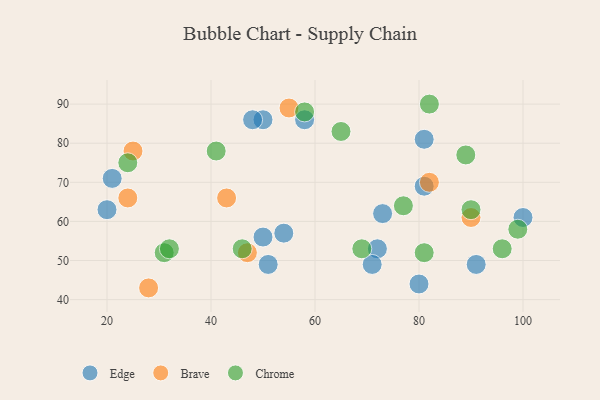
{"axis": {"x": "GDP", "y": "Life Expectancy"}, "legend": ["Brave", "Chrome", "Edge"], "data": [{"x": "58", "y": 86, "type": "Edge"}, {"x": "81", "y": 69, "type": "Edge"}, {"x": "54", "y": 57, "type": "Edge"}, {"x": "20", "y": 63, "type": "Edge"}, {"x": "80", "y": 44, "type": "Edge"}, {"x": "50", "y": 86, "type": "Edge"}, {"x": "51", "y": 49, "type": "Edge"}, {"x": "91", "y": 49, "type": "Edge"}, {"x": "21", "y": 71, "type": "Edge"}, {"x": "73", "y": 62, "type": "Edge"}, {"x": "72", "y": 53, "type": "Edge"}, {"x": "50", "y": 56, "type": "Edge"}, {"x": "81", "y": 81, "type": "Edge"}, {"x": "100", "y": 61, "type": "Edge"}, {"x": "48", "y": 86, "type": "Edge"}, {"x": "71", "y": 49, "type": "Edge"}, {"x": "90", "y": 61, "type": "Brave"}, {"x": "47", "y": 52, "type": "Brave"}, {"x": "55", "y": 89, "type": "Brave"}, {"x": "82", "y": 70, "type": "Brave"}, {"x": "25", "y": 78, "type": "Brave"}, {"x": "28", "y": 43, "type": "Brave"}, {"x": "43", "y": 66, "type": "Brave"}, {"x": "24", "y": 66, "type": "Brave"}, {"x": "77", "y": 64, "type": "Chrome"}, {"x": "90", "y": 63, "type": "Chrome"}, {"x": "89", "y": 77, "type": "Chrome"}, {"x": "81", "y": 52, "type": "Chrome"}, {"x": "58", "y": 88, "type": "Chrome"}, {"x": "99", "y": 58, "type": "Chrome"}, {"x": "82", "y": 90, "type": "Chrome"}, {"x": "65", "y": 83, "type": "Chrome"}, {"x": "31", "y": 52, "type": "Chrome"}, {"x": "32", "y": 53, "type": "Chrome"}, {"x": "24", "y": 75, "type": "Chrome"}, {"x": "69", "y": 53, "type": "Chrome"}, {"x": "96", "y": 53, "type": "Chrome"}, {"x": "41", "y": 78, "type": "Chrome"}, {"x": "46", "y": 53, "type": "Chrome"}]}